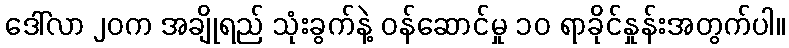
ဒေါ်လာ ၂၀က အချိုရည် သုံးခွက်နဲ့ ဝန်ဆောင်မှု ၁၀ ရာခိုင်နှုန်းအတွက်ပါ။